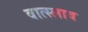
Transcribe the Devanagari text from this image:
वात्स्लाव